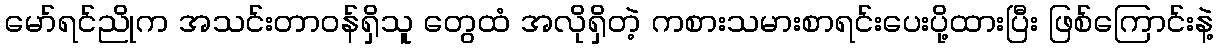
မော်ရင်ညိုက အသင်းတာဝန်ရှိသူ တွေထံ အလိုရှိတဲ့ ကစားသမားစာရင်းပေးပို့ထားပြီး ဖြစ်ကြောင်းနဲ့